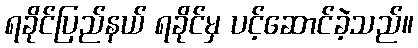
ရခိုင်ပြည်နယ် ရခိုင်မှ ပင့်ဆောင်ခဲ့သည်။